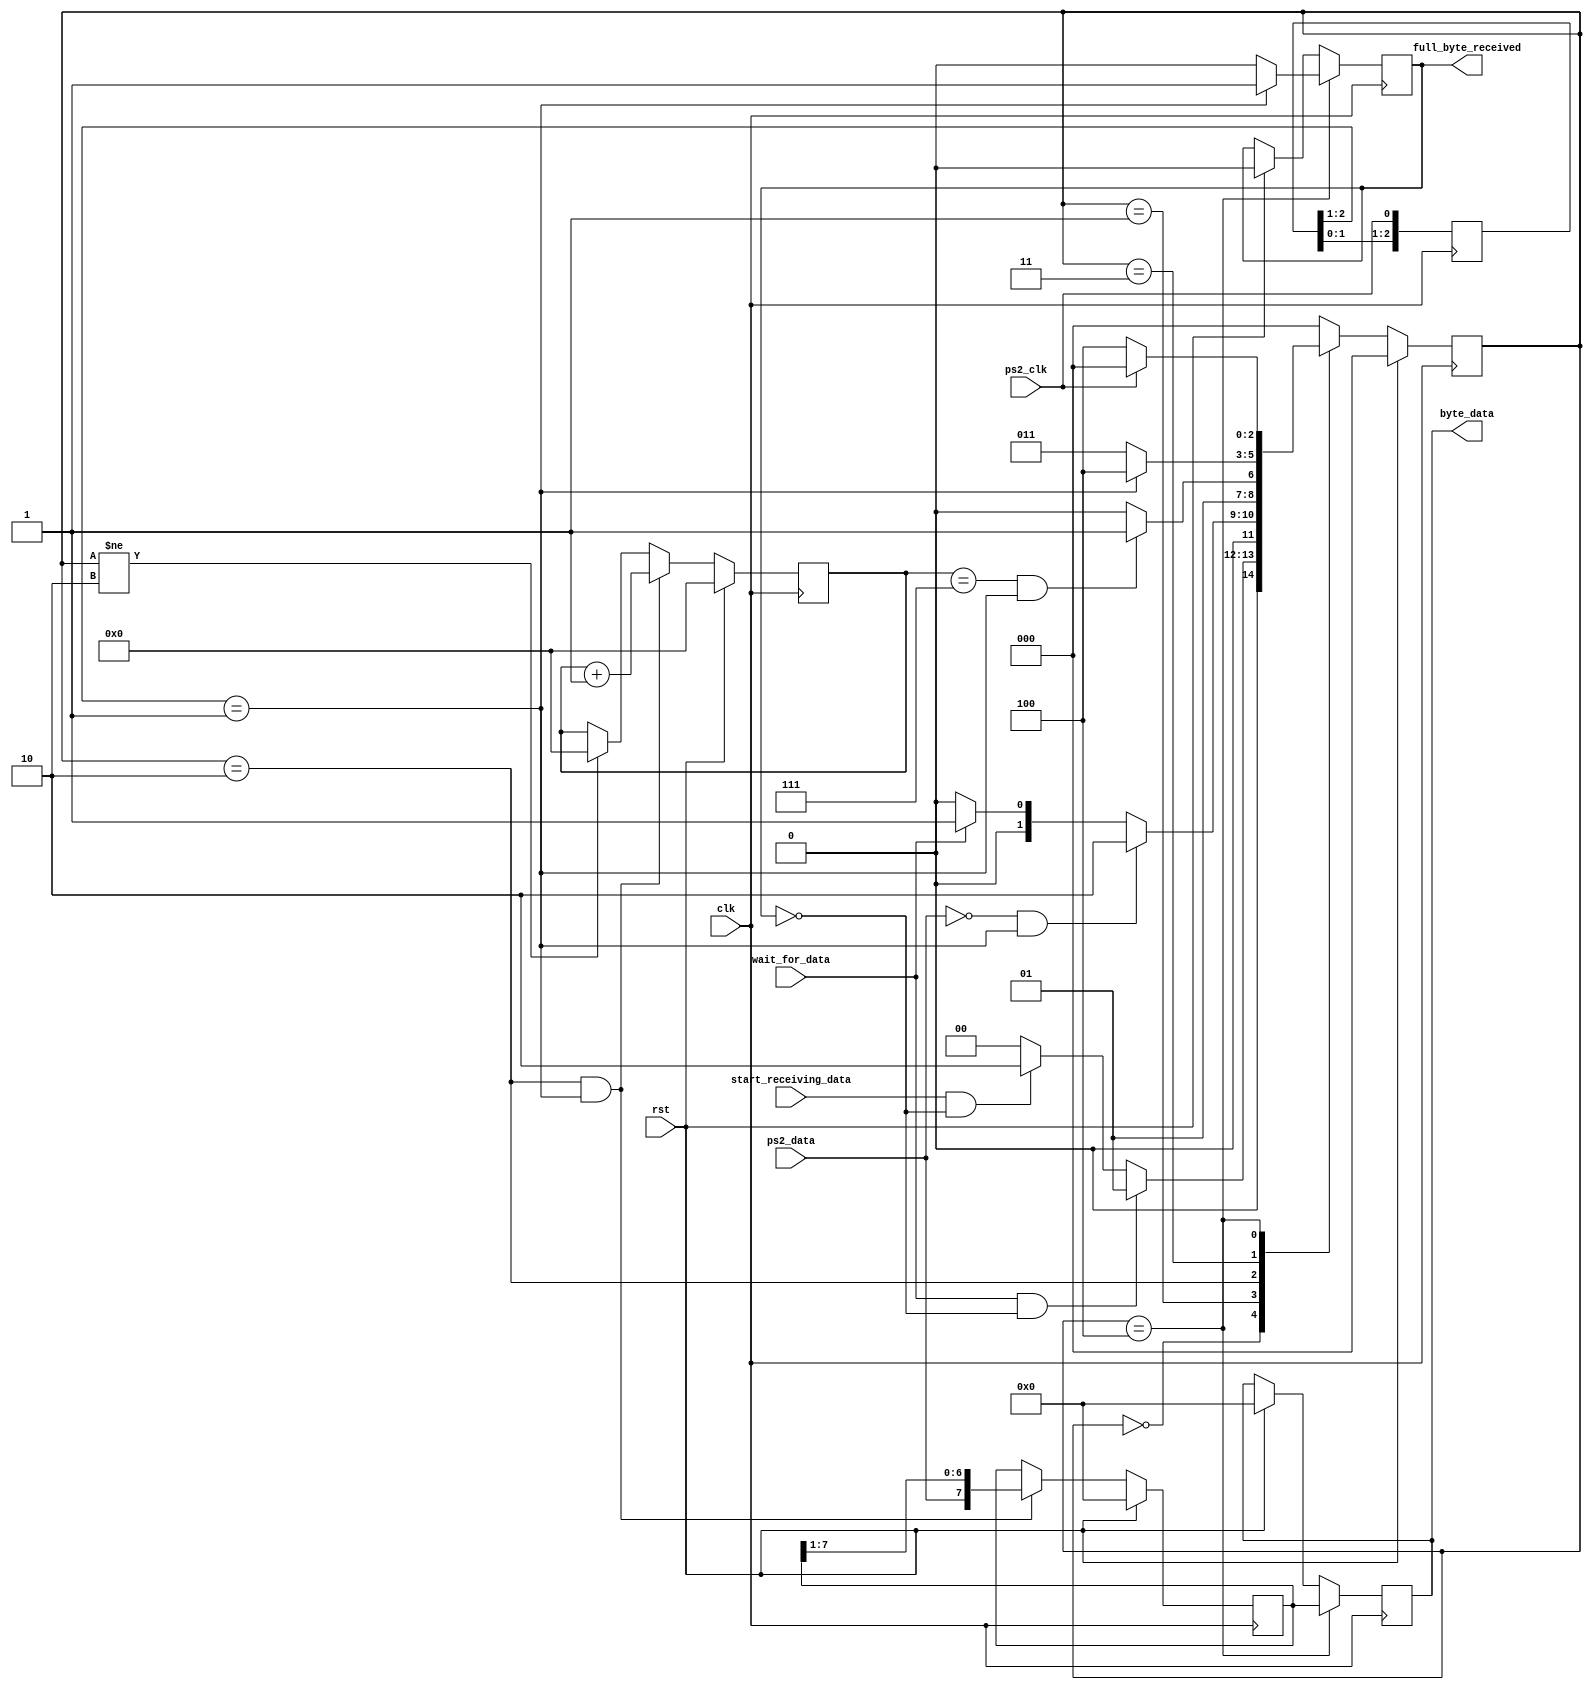
/*
 * PS/2 keyboard implementation.
 * Figuring out how it worked came from:
 * http://www.burtonsys.com/ps2_chapweske.htm
 * http://www.eecg.toronto.edu/~jayar/ece241_08F/AudioVideoCores/ps2/ps2.html
 *
 */
module ps2_in(clk, rst, wait_for_data, start_receiving_data, ps2_clk, ps2_data, byte_data, full_byte_received);
	input clk;
	input rst;
	
	input wait_for_data;
	input start_receiving_data;
	
	input ps2_clk;
	input ps2_data;
	
	output reg [7:0] byte_data;
	output reg full_byte_received;
	
	// States for the FSM.
	parameter [2:0] idle             = 3'b000;
	parameter [2:0] waiting          = 3'b001;
	parameter [2:0] receiving_data   = 3'b010;
	parameter [2:0] receiving_parity = 3'b011;
	parameter [2:0] receiving_stop   = 3'b100;

	// Registers.
	reg [3:0] count;
	reg [7:0] data_shift;
	
	reg [2:0] next_state;
	reg [2:0] current_state;
	
	// Detect falling/rising edge of PS/2 clock
	reg [2:0] ps2_clk_count;
	always @(posedge clk) ps2_clk_count <= {ps2_clk_count[1:0], ps2_clk};
	wire ps2_clk_posedge = (ps2_clk_count[2:1] == 2'b01); 
	// Only the posedge is currently used in this design, but if the negedge is
   //	desired, uncomment the next line.
	//wire ps2_clk_negedge = (ps2_clk_count[2:1] == 2'b10);
	
	
	// FSM
	always @(posedge clk) begin
		if(rst) current_state = idle;
		else    current_state = next_state;
	end
	
	
	always @(*) begin
		next_state = idle;
		
		case(current_state)
			idle: // In idle, the keyboard shouldn't be expecting to receive anything or send anything.
				begin
					if((wait_for_data) && (~full_byte_received))
						next_state = waiting;
					else if((start_receiving_data) && (~full_byte_received))
						next_state = receiving_data;
					else
						next_state = idle;					
				end
			waiting: // Waiting for the data to go low, signaling that data will be coming in soon.
				begin
					if((~ps2_data) && (ps2_clk_posedge))
						next_state = receiving_data;
					else if (~wait_for_data)
						next_state = idle;
					else
						next_state = waiting;
				end
			receiving_data: // receive all 8 bits of data.
				begin
					if((count == 3'b111) && (ps2_clk_posedge))
						next_state = receiving_parity;
					else
						next_state = receiving_data;
				end
			receiving_parity:
				begin
					if(ps2_clk_posedge) // Wait for the clk to go high.
						next_state = receiving_stop;
					else
						next_state = receiving_parity;
				end
			receiving_stop:
				begin
					if(ps2_clk) // Wait for the clk to go high.
						next_state = idle;
					else
						next_state = receiving_stop;
				end
			default:
				begin
					next_state = idle; // Shouldn't happen.
				end
		endcase
	end
	
	// All of the sequential logic.
	
	// Control the shift register.
	always@(posedge clk) begin
		if (rst) begin
			count <= 3'b000;
			data_shift <= 8'b0;
			end
		else if((current_state == receiving_data) && (ps2_clk_posedge)) begin 
			// Data is latched on the positive edge, LSB first.
			count = count + 3'b001;
			data_shift <= {ps2_data, data_shift[7:1]};
			end
		else if(current_state != receiving_data)
			count <= 3'b000;
	end
	
	// Control the outputs.
	always@(posedge clk) begin
		if (rst) begin
			byte_data <= 8'b0;
			full_byte_received <= 1'b0;
		end
		
		if (current_state == receiving_stop) begin
			byte_data <= data_shift;
			if (ps2_clk_posedge)
				full_byte_received <= 1'b1;
			else
				full_byte_received <= 1'b0;
		end
	end	
endmodule